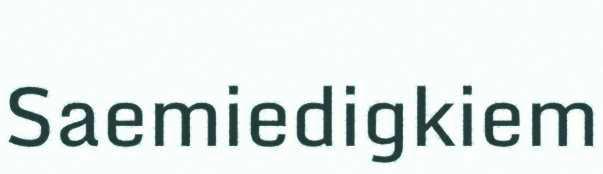
Saemiedigkiem